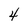
Character: 4